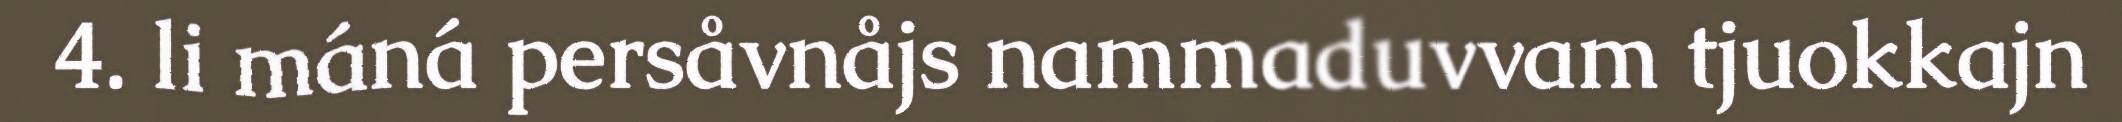
4. li máná persåvnåjs nammaduvvam tjuokkajn